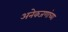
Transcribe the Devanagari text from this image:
अनेकजणांच्या